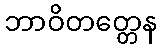
ဘာဝိတတ္တေန